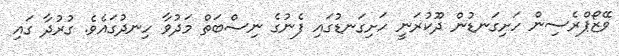
ވޭޒޯޕްރެސިން ހަށިގަނޑުން ދޫކުރަނީ ހަށިގަނޑުގައި ފެނުގެ ނިސްބަތް މަދުވާ ހިނދުގައެވެ. ގުރުދާ ގައި